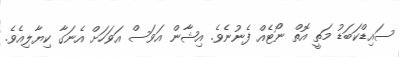
ސައިޑްކަބަޑު މަތީ އޮތް ނޯޓެއް ފެނުނެވެ. އިޝާން އަވަސް އަވަހަށް އެނަގާ ކިޔާލިއެވެ.